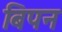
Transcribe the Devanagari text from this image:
बिपन